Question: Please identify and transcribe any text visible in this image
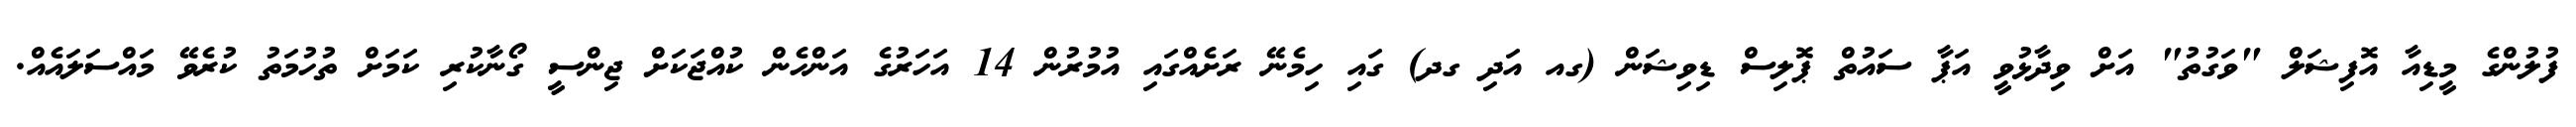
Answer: ފުލުންގެ މީޑިއާ އޮފިޝަލް "ވަގުތު" އަށް ވިދާޅުވީ އަޕާ ސައުތް ޕޮލިސް ޑިވިޝަން (ގއ އަދި ގދ) ގައި ހިމެނޭ ރަށެއްގައި އުމުރުން 14 އަހަރުގެ އަންހެން ކުއްޖަކަށް ޖިންސީ ގޯނާކުރި ކަމަށް ތުހުމަތު ކުރެވޭ މައްސަލައެއް.